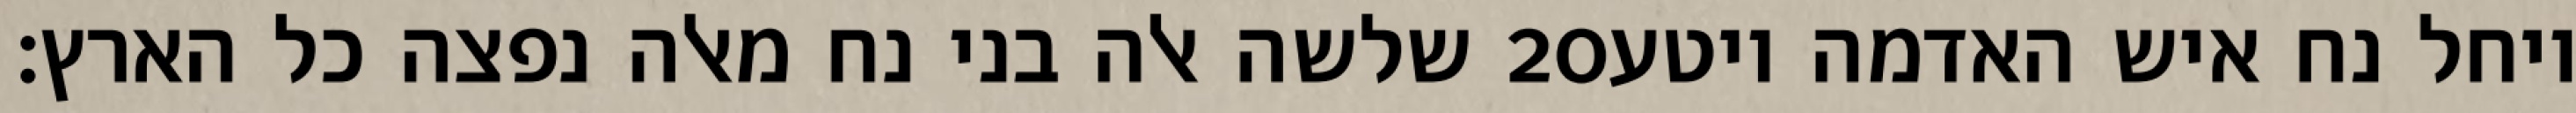
שלשה אלה בני נח מאלה נפצה כל הארץ׃ ‎20‏ ויחל נח איש האדמה ויטע